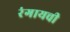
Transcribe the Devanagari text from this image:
रंगायची